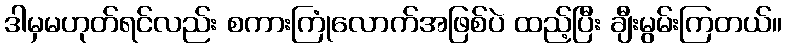
ဒါမှမဟုတ်ရင်လည်း စကားကြုံလောက်အဖြစ်ပဲ ထည့်ပြီး ချီးမွမ်းကြတယ်။